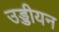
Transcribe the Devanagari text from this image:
उड्डीयन